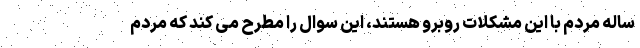
ساله مردم با این مشکلات روبرو هستند، این سوال را مطرح می کند که مردم